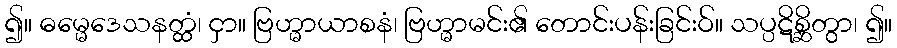
၍။ ဓမ္မေဒေသနတ္ထံ၊ ငှာ။ ဗြဟ္မာယာစနံ၊ ဗြဟ္မာမင်း၏ တောင်းပန်းခြင်းဝ်။ သပ္ပဋိစ္ဆိတွာ၊ ၍။